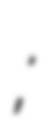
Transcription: الرحمن رمضان;